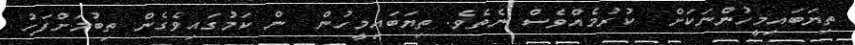
ތިޔަބައިމީހުންނަކަށް  ކުރުމެއްވެސް ނެތެވެ. ތިޔަބައިމީހުން  ން ކަމުގައިވެގެން ތިބުމަށްފަހު